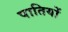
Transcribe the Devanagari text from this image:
पातियों